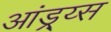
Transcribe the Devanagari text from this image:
आंड्र्य्स